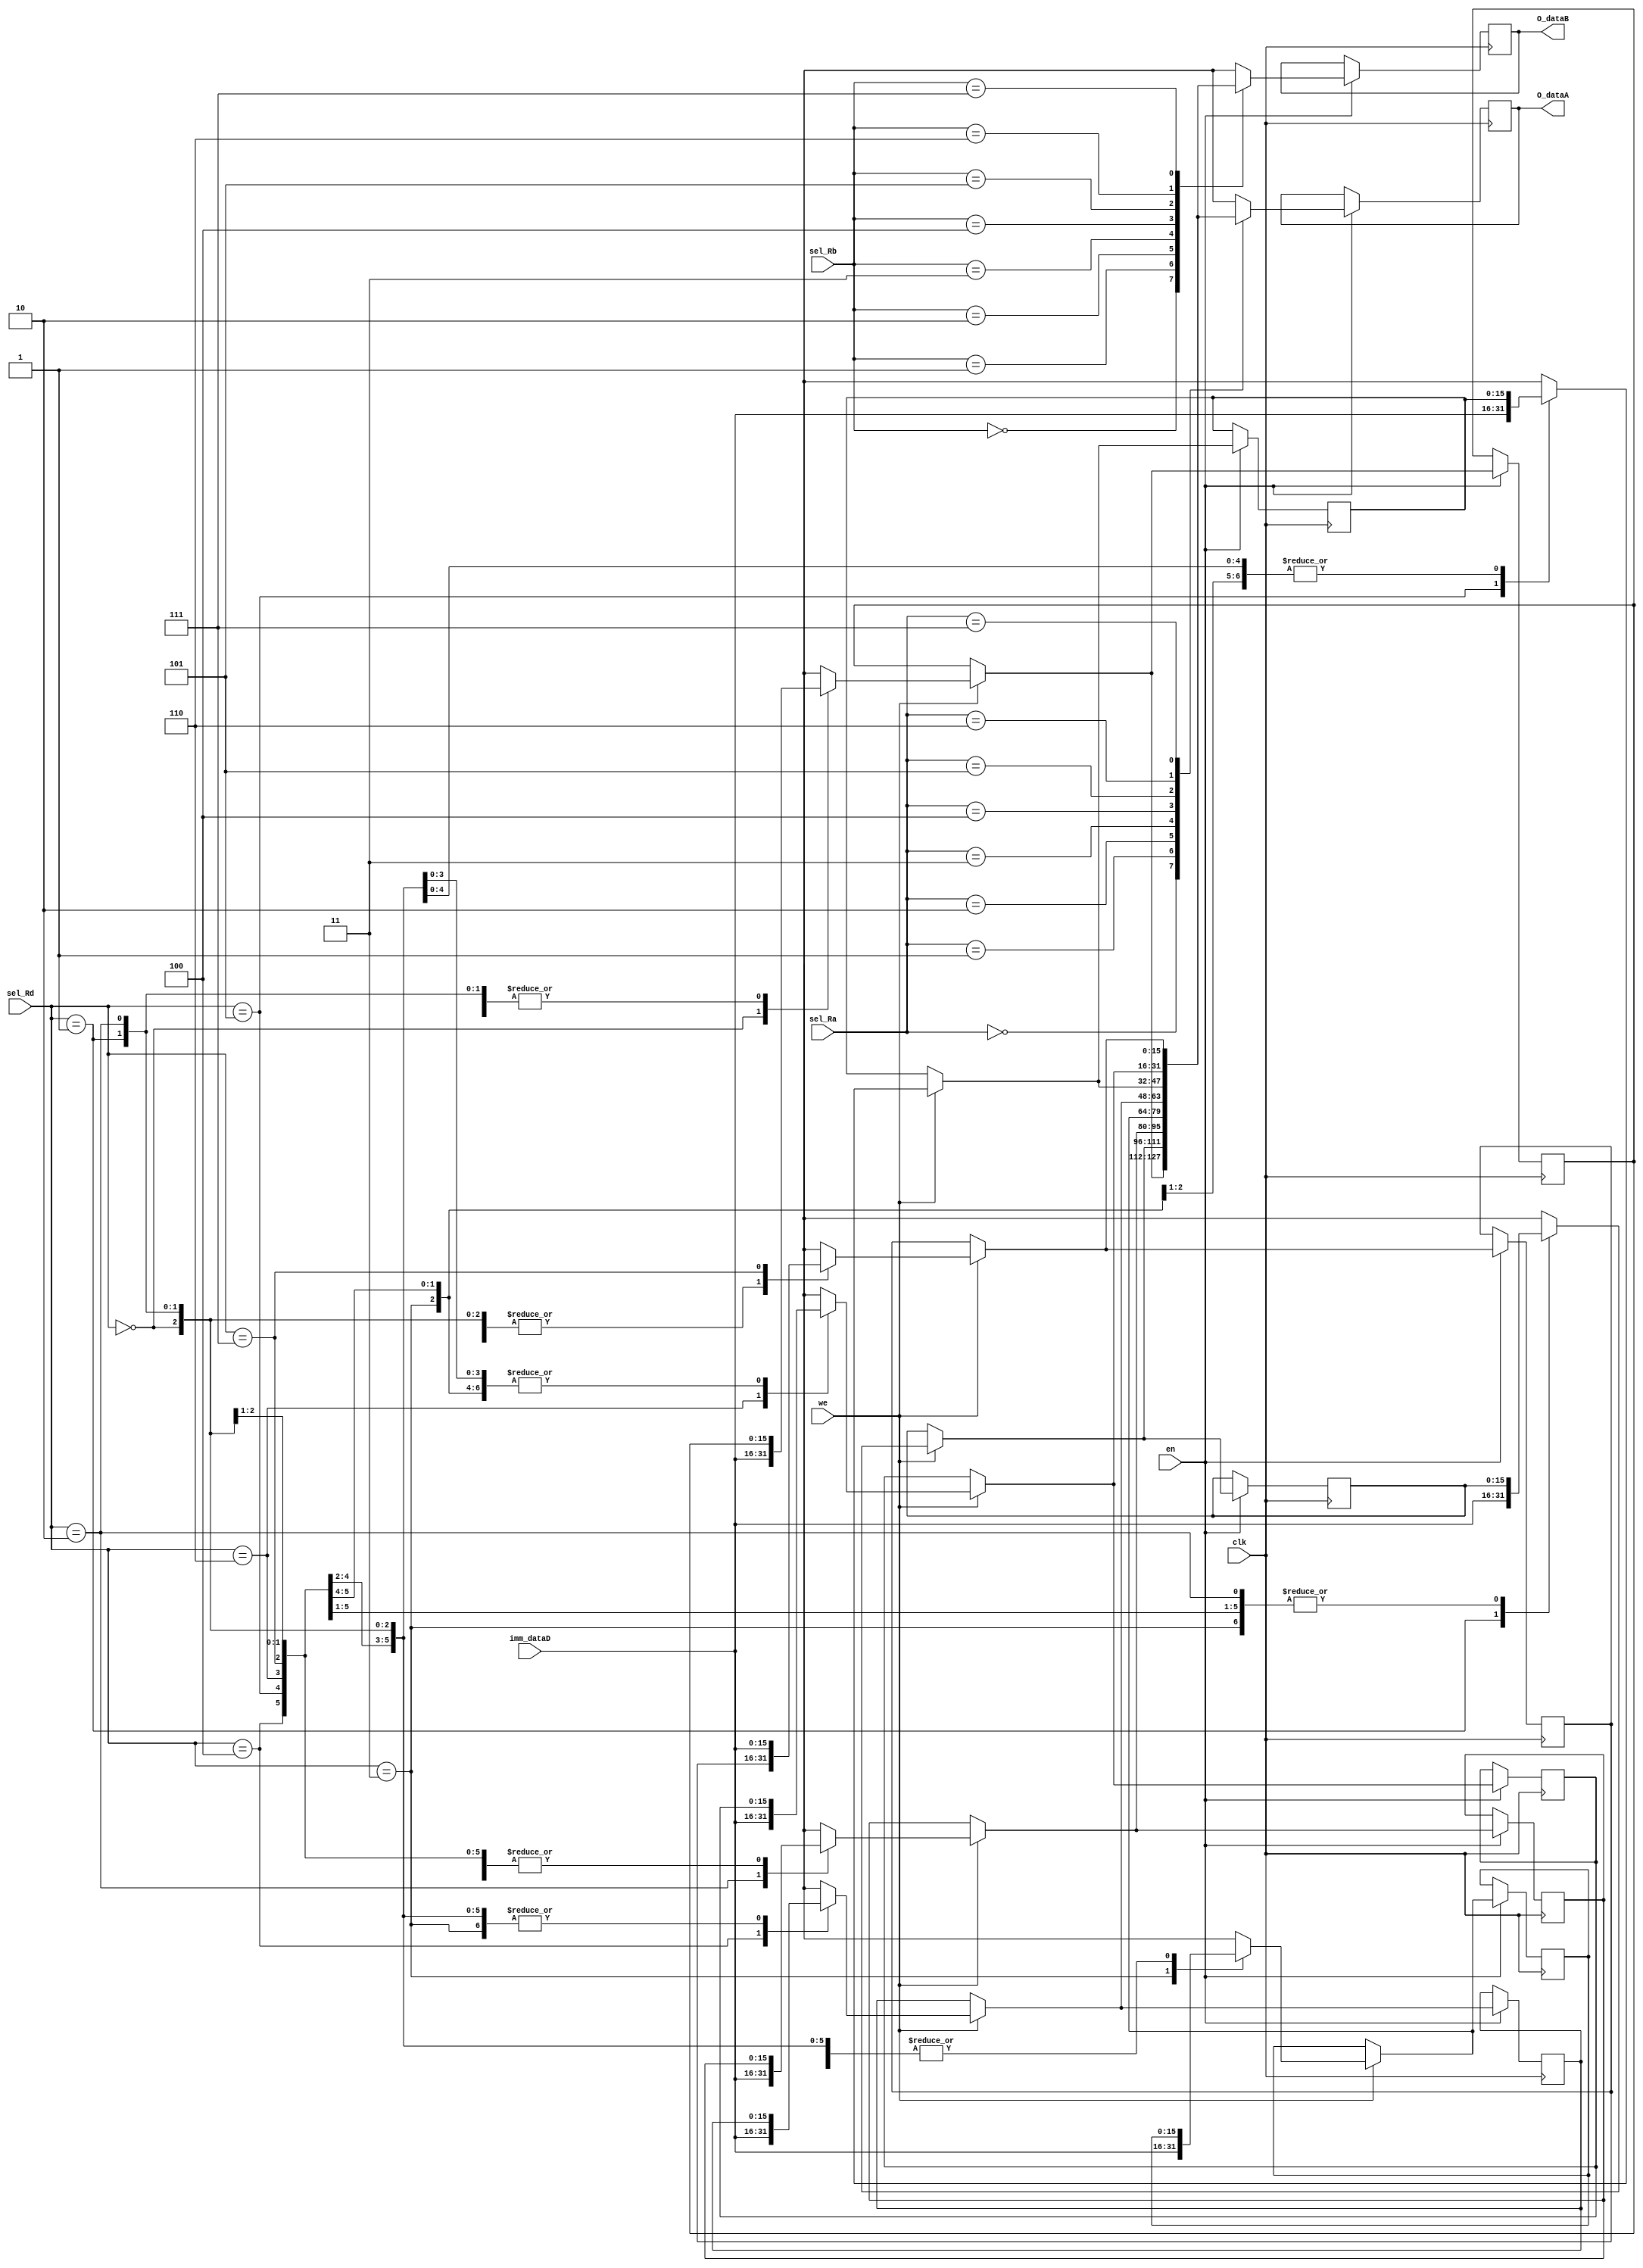
`timescale 1ns / 1ps
//////////////////////////////////////////////////////////////////////////////////
// Company: 
// Engineer: 
// 
// Design Name: 
// Module Name: reg_file
// Project Name: 
// Target Devices: 
// Tool Versions: 
// Description: 
// 
// Dependencies: 
// 
// Revision:
// Revision 0.01 - File Created
// Additional Comments:
// 
//////////////////////////////////////////////////////////////////////////////////


module reg_file(
    input [2:0] sel_Ra,
    input [2:0] sel_Rb,
    input [2:0] sel_Rd,
    input [15:0] imm_dataD,
    input clk,
    input en,
    input we,
    output reg [15:0] O_dataA,
    output reg [15:0] O_dataB
    );
    
    // Initialize internal registers
    reg [15:0] regs[7:0];// Read as Ac,R1,R2,R3,R4,R5,R6,R7
    
    // Loop variable
        integer count;
    
    // Initialize outputs and registers
        initial begin
            O_dataA = 16'b0;
            O_dataB = 16'b0;
            for(count = 0; count < 8; count = count + 1) begin
                        regs[count] = 0;
                    end
        end
        
     // On clock positive edge
            always @(posedge clk) begin
                if(en) begin
                    // Check for write enable flag and then assign to register
                    if(we)
                        regs[sel_Rd] = imm_dataD;
                        
                    // Assign correct output value to A and B
                    O_dataA <= regs[sel_Ra];
                    O_dataB <= regs[sel_Rb];
                end
            end
endmodule